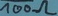
Text: 100Ω